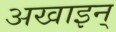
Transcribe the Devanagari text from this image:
अखाइन्